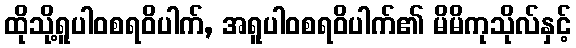
ထိုသို့ရူပါဝစရဝိပါက်, အရူပါဝစရဝိပါက်၏ မိမိကုသိုလ်နှင့်